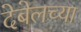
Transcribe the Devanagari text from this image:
देबेलच्या